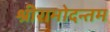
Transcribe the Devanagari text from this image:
श्रीरामोदन्तम